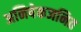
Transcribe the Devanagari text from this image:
अनिषेकजनित